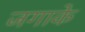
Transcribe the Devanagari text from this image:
जगाके